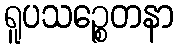
ရူပသဉ္စေတနာ